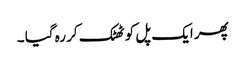
پھر ایک پل کو ٹھٹک کر رہ گیا ۔